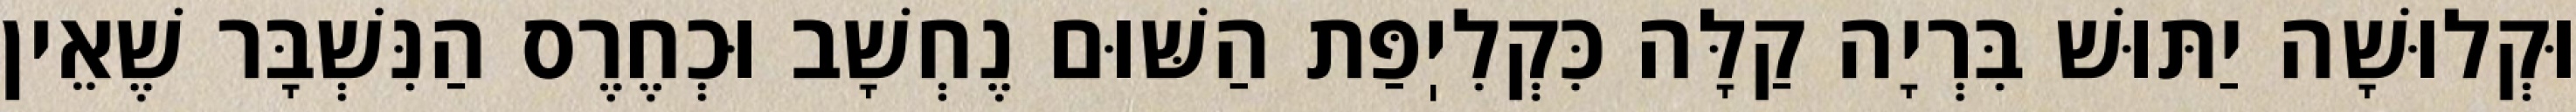
וּקְלוּשָׁה יַתּוּשׁ בִּרְיָה קַלָּה כִּקְלִיֽפַּת הַשּׁוּם נֶחְשָׁב וּכְחֶרֶס הַנִּשְׁבָּר שֶׁאֵין